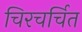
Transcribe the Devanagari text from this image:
चिरचर्चित